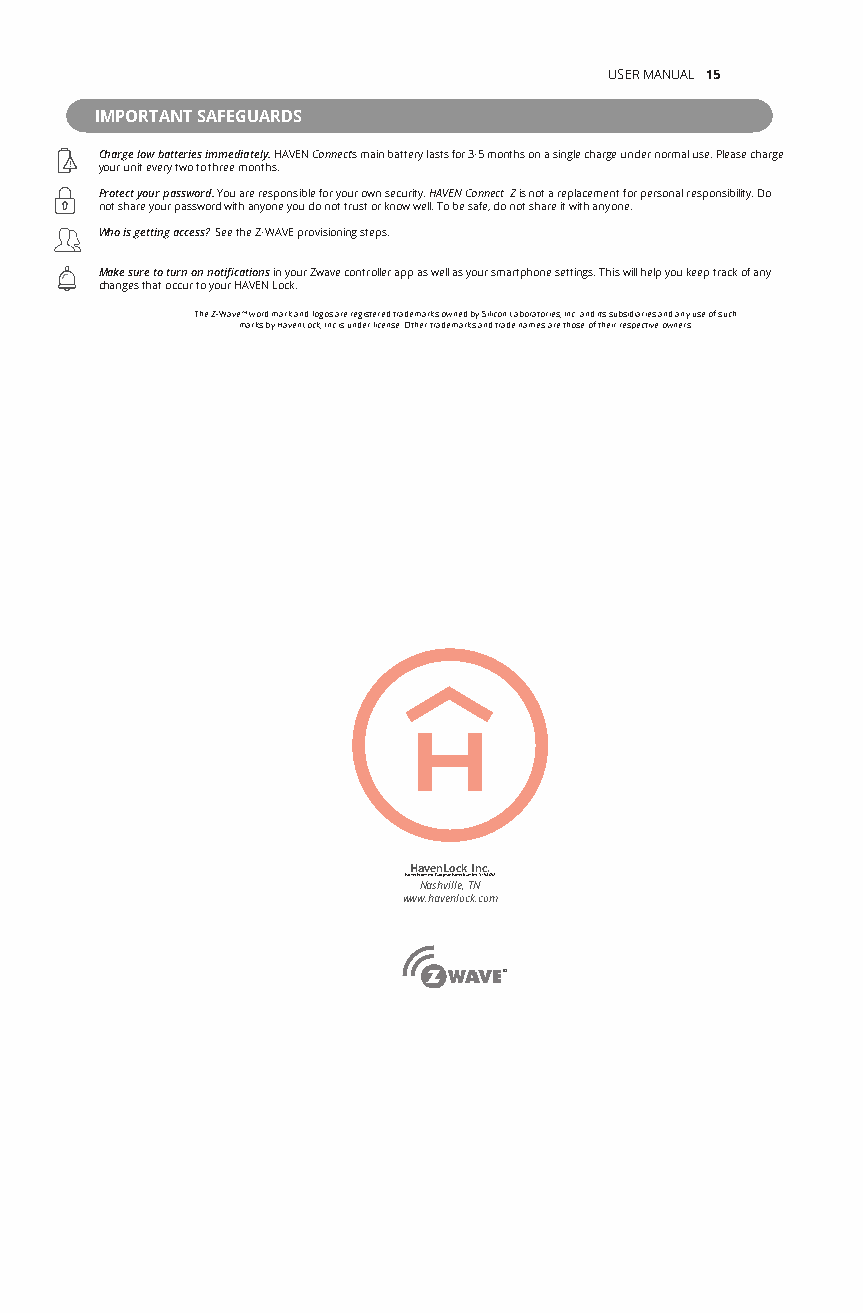
USER MANUAL 15
 IMPORTANT SAFEGUARDS
 Charge low batteries immediately. HAVEN Connect’s main battery lasts for 3-5 months on a single charge under normal use. Please charge
 your unit every two to three months.
 Protect your password. You are responsible for your own security. HAVEN Connect Z is not a replacement for personal responsibility. Do
 not share your password with anyone you do not trust or know well. To be safe, do not share it with anyone.
 Who is getting access? See the Z-WAVE provisioning steps.
 Make sure to turn on notifications in your Zwave controller app as well as your smartphone settings. This will help you keep track of any
 changes that occur to your HAVEN Lock.
 The Z-Wave™ word mark and logos are registered trademarks owned by Silicon Laboratories, Inc. and its subsidiaries and any use of such
 marks by HavenLock, Inc is under license. Other trademarks and trade names are those of their respective owners.
 HavenLock Inc.
 Patent Protected: European Patent Number: 3,194,692
 Nashville, TN
 www.havenlock.com
 ®